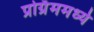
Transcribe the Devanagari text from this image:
प्रोग्रॅममध्ये